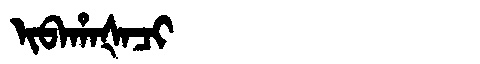
Manchu: ᡳᠪᠠᡥᠠᡧᠠᠴᡳ
Romanization: IBAHAŠACI